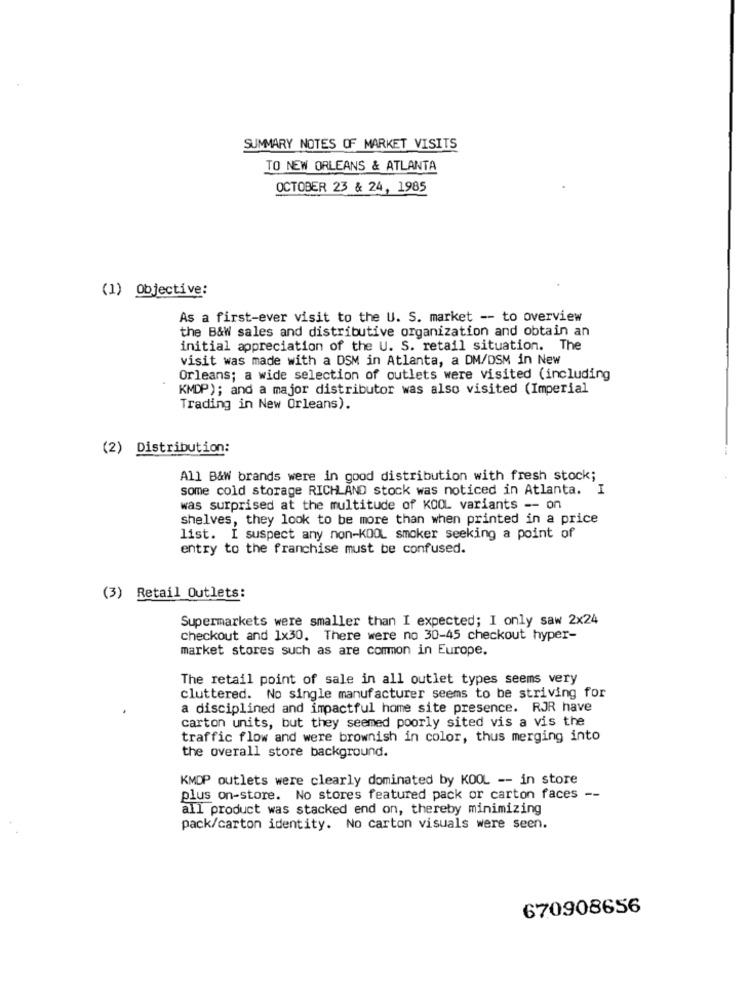
SUMMARY NOTES OF MARKET VISITS
TO NEW ORLEANS & ATLANTA
OCTOBER 23 & 24, 1985
(1) Objective:
As a first-ever visit to the U. S. market -- to overview
the B&W sales and distributive organization and obtain an
initial appreciation of the U. S. retail situation. The
visit was made with a DSM in Atlanta, a DM/DSM in New
Orleans; a wide selection of outlets were visited (including
KMDP); and a major distributor was also visited (Imperial
Trading in New Orleans).
(2) Distribution:
All B&W brands were in good distribution with fresh stock;
some cold storage RICH AND stock was noticed in Atlanta. I
was surprised at the multitude of KOOL variants -- on
shelves, they look to be more than when printed in a price
list. I suspect any non-KOOL smoker seeking a point of
entry to the franchise must be confused.
(3) Retail Outlets:
Supermarkets were smaller than I expected; I only saw 2x24
Checkout and 1x30. There were no 30-45 checkout hyper-
market stores such as are common in Europe.
The retail point of sale in all outlet types seems very
cluttered. No single manufacturer seems to be striving for
a disciplined and impactful home site presence. RJR have
carton units, but they seemed poorly sited vis a vis the
traffic flow and were brownish in color, thus merging into
the overall store background.
KMDP outlets were clearly dominated by KOOL -- in store
plus on-store. No stores featured pack or carton faces --
all product was stacked end on, thereby minimizing
pack/carton identity. No carton visuals were seen.
670908656